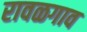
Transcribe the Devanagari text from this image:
रावळगाव